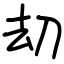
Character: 刧